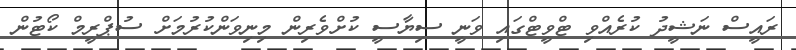
ރައީސް ނަޝީދު ކުރެއްވި ޓްވީޓްގައި ވަނީ ސިޔާސީ ކުށްވެރިން މިނިވަންކުރުމަށް ސުޕްރީމް ކޯޓުން